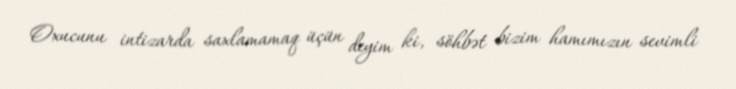
Oxucunu intizarda saxlamamaq üçün deyim ki, söhbət bizim hamımızın sevimli